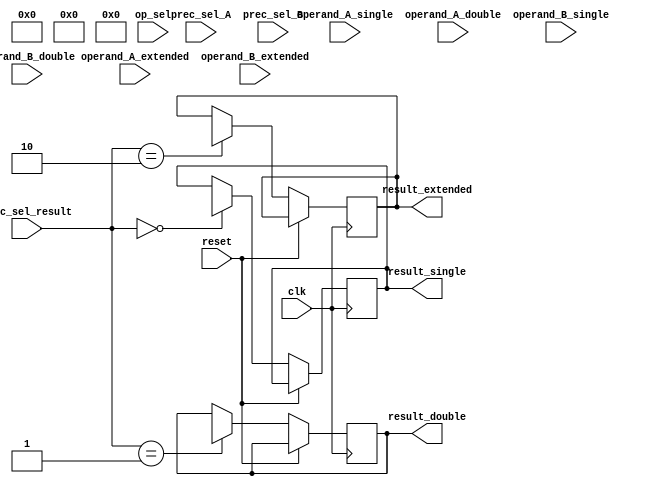
module mixed_precision_fp_unit (
    input wire clk,
    input wire reset,
    input wire [1:0] op_sel, // Operation selection: 00-addition, 01-subtraction, 10-multiplication, 11-division
    input wire [1:0] prec_sel_A, // Precision selection for operand A: 00-single precision, 01-double precision, 10-extended precision
    input wire [1:0] prec_sel_B, // Precision selection for operand B: 00-single precision, 01-double precision, 10-extended precision
    input wire [1:0] prec_sel_result, // Precision selection for result: 00-single precision, 01-double precision, 10-extended precision
    input wire [31:0] operand_A_single,
    input wire [63:0] operand_A_double,
    input wire [79:0] operand_A_extended,
    input wire [31:0] operand_B_single,
    input wire [63:0] operand_B_double,
    input wire [79:0] operand_B_extended,
    output reg [31:0] result_single,
    output reg [63:0] result_double,
    output reg [79:0] result_extended
);

// Add code for sub-modules for addition, subtraction, multiplication, and division operations
// Add code for automatic conversion between precisions as needed

// Registers for storing operands and results
reg [31:0] reg_operand_A_single;
reg [63:0] reg_operand_A_double;
reg [79:0] reg_operand_A_extended;
reg [31:0] reg_operand_B_single;
reg [63:0] reg_operand_B_double;
reg [79:0] reg_operand_B_extended;

// Control logic for selecting the operation to be performed and directing the flow of data
always @(posedge clk or posedge reset) begin
    if (reset) begin
        // Reset registers
        reg_operand_A_single <= 32'h0;
        reg_operand_A_double <= 64'h0;
        reg_operand_A_extended <= 80'h0;
        reg_operand_B_single <= 32'h0;
        reg_operand_B_double <= 64'h0;
        reg_operand_B_extended <= 80'h0;
    end else begin
        // Store operands in registers based on precision selection
        case(prec_sel_A)
            2'b00: reg_operand_A_single <= operand_A_single;
            2'b01: reg_operand_A_double <= operand_A_double;
            2'b10: reg_operand_A_extended <= operand_A_extended;
        endcase
        
        case(prec_sel_B)
            2'b00: reg_operand_B_single <= operand_B_single;
            2'b01: reg_operand_B_double <= operand_B_double;
            2'b10: reg_operand_B_extended <= operand_B_extended;
        endcase
        
        // Perform arithmetic operation based on operation selection
        case(op_sel)
            2'b00: // Addition operation
            begin
                // Add code for addition operation
            end
            2'b01: // Subtraction operation
            begin
                // Add code for subtraction operation
            end
            2'b10: // Multiplication operation
            begin
                // Add code for multiplication operation
            end
            2'b11: // Division operation
            begin
                // Add code for division operation
            end
        endcase
        
        // Store result in result register based on precision selection
        case(prec_sel_result)
            2'b00: result_single <= reg_result_single; // Update based on actual result register for single precision
            2'b01: result_double <= reg_result_double; // Update based on actual result register for double precision
            2'b10: result_extended <= reg_result_extended; // Update based on actual result register for extended precision
        endcase
    end
end

endmodule